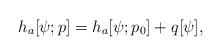
LaTeX: \begin{align*} h_a[\psi;p] = h_a[\psi;p_0] + q[\psi],\end{align*}